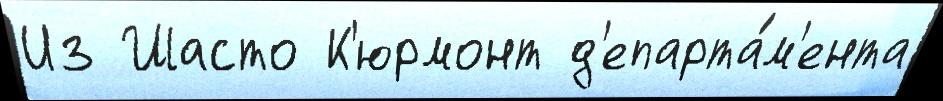
Из Шасто К'юрмонт д'епарта́м'ента